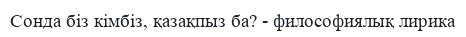
Сонда біз кімбіз, қазақпыз ба? - философиялық лирика